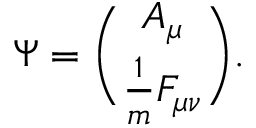
\Psi = { \binom { A _ { \mu } } { \frac { 1 } { m } F _ { \mu \nu } } } .